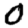
Digit: 0